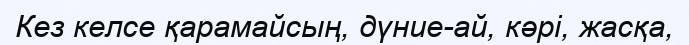
Кез келсе қарамайсың, дүние-ай, кәрі, жасқа,